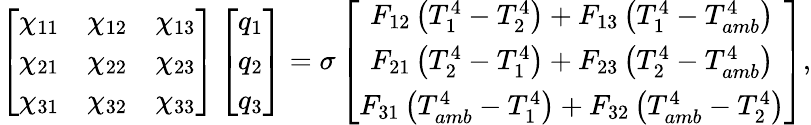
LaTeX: \left[\begin{array}{ccc}{\chi_{11}}&{\chi_{12}}&{\chi_{13}}\\ {\chi_{21}}&{\chi_{22}}&{\chi_{23}}\\ {\chi_{31}}&{\chi_{32}}&{\chi_{33}}\end{array}\right]\left[\begin{array}{c}{q_{1}}\\ {q_{2}}\\ {q_{3}}\end{array}\right]=\sigma\left[\begin{array}{c}{F_{12}\left(T_{1}^{4}-T_{2}^{4}\right)+F_{13}\left(T_{1}^{4}-T_{amb}^{4}\right)}\\ {F_{21}\left(T_{2}^{4}-T_{1}^{4}\right)+F_{23}\left(T_{2}^{4}-T_{amb}^{4}\right)}\\ {F_{31}\left(T_{amb}^{4}-T_{1}^{4}\right)+F_{32}\left(T_{amb}^{4}-T_{2}^{4}\right)}\end{array}\right]{,}